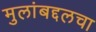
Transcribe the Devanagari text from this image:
मुलांबद्दलचा